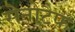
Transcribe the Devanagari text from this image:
सेनोटैफ